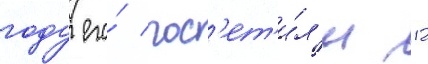
году его́ пос'ет'и́л'и 12